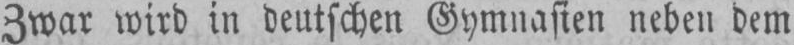
Zwar wird in deutschen Gymnasien neben dem